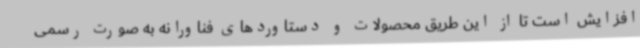
افزایش است تا از این طریق محصولات و دستاوردهای فناورانه به صورت رسمی